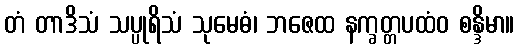
တံ တာဒိသံ သပ္ပုရိသံ သုမေဓံ၊ ဘဇေထ နက္ခတ္တပထံဝ စန္ဒိမာ။